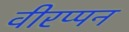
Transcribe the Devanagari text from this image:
वीरप्पन